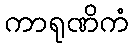
ကာရုဏိကံ